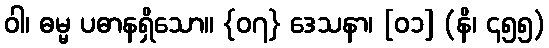
ဝါ၊ ဓမ္မ ပဓာနရှိသော။ {၀၇} ဒေသနာ၊ [၀၁] (နိ၊ ၄၅၅)